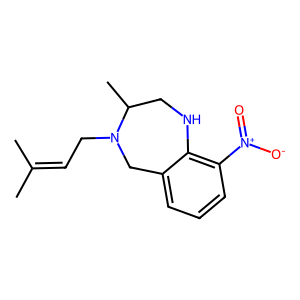
SMILES: CC(C)=CCN1Cc2cccc([N+](=O)[O-])c2NCC1C
Inhibits HIV replication: No